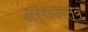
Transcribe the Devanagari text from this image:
अर्थपरत्व